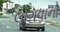
લાગવાનો